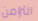
التزامن